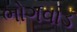
ભોગવાડ